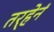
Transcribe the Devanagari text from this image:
तर्‍हेनं